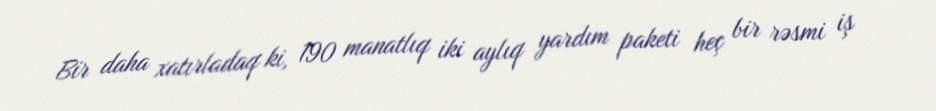
Bir daha xatırladaq ki, 190 manatlıq iki aylıq yardım paketi heç bir rəsmi iş